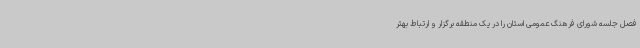
فصل جلسه شورای فرهنگ عمومی استان را در یک منطقه برگزار و ارتباط بهتر